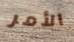
الأمر